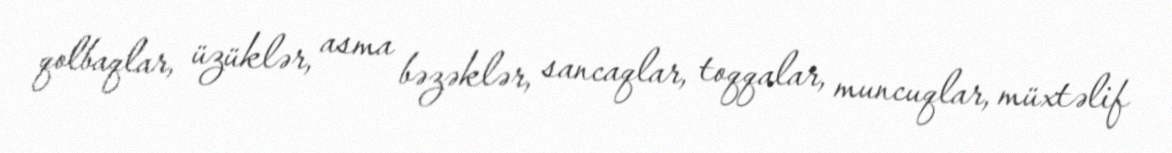
qolbaqlar, üzüklər, asma bəzəklər, sancaqlar, toqqalar, muncuqlar, müxtəlif